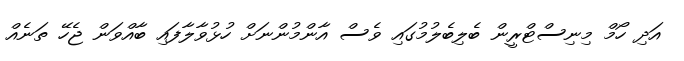
އަދި ހޯމް މިނިސްޓްރީން ބެލިބެލުމުގައި ވެސް އާންމުންނަށް ހުޅުވާލާފައި ބާއްވަން ޖެހޭ ތަނެއް